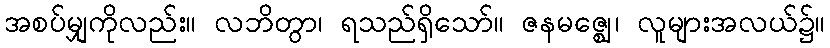
အစပ်မျှကိုလည်း။ လဘိတွာ၊ ရသည်ရှိသော်။ ဇနမဇ္ဈေ၊ လူများအလယ်၌။